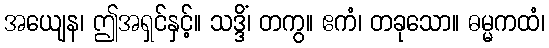
အယျေန၊ ဤအရှင်နှင့်။ သဒ္ဒိံ၊ တကွ။ ဧကံ၊ တခုသော။ ဓမ္မကထံ၊